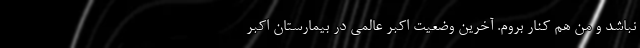
نباشد و من هم کنار بروم. آخرین وضعیت اکبر عالمی در بیمارستان اکبر